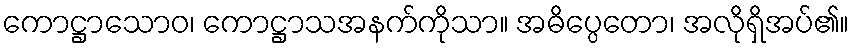
ကောဋ္ဌာသောဝ၊ ကောဋ္ဌာသအနက်ကိုသာ။ အဓိပ္ပေတော၊ အလိုရှိအပ်၏။